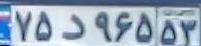
۷۵د۹۶۵۵۳